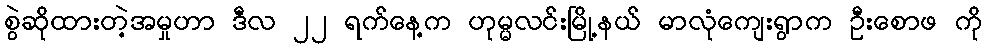
စွဲဆိုထားတဲ့အမှုဟာ ဒီလ ၂၂ ရက်နေ့က ဟုမ္မလင်းမြို့နယ် မာလုံကျေးရွာက ဦးစောဖ ကို